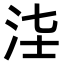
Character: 𣳃